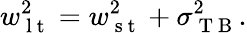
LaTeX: w_{\mathrm{~l~t~}}^{2}=w_{\mathrm{~s~t~}}^{2}+\sigma_{\mathrm{~T~B~}}^{2}.